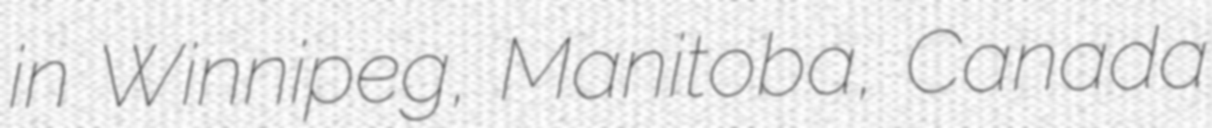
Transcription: in Winnipeg, Manitoba, Canada